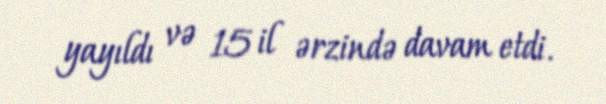
yayıldı və 15 il ərzində davam etdi.